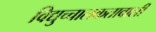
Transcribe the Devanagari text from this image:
विद्युच्चालकतावाली